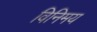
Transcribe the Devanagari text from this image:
विनिमय